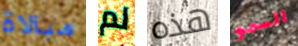
مبالاة لم هذه السمو